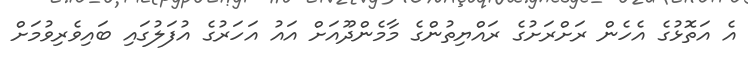
އެ އަތޮޅުގެ އެހެން ރަށްރަށުގެ ރައްޔިތުންގެ މާމެންދޫއަށް އައު އަހަރުގެ އުފަލުގައި ބައިވެރިވުމަށް